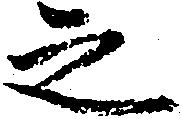
之